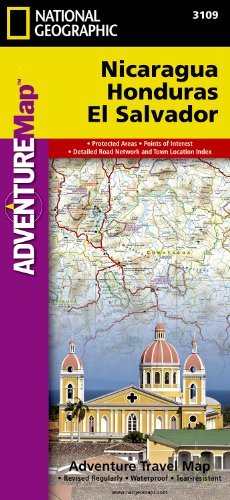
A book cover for Nicaragua, Honduras, El Salvador (Adventure Map (Numbered)); National Geographic Maps - Adventure; Travel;